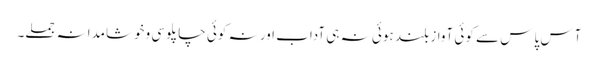
آس پاس سے کوئی آواز بلند ہوئی نہ ہی آداب اور نہ کوئی چاپلوسی وخوشامدانہ جملے۔